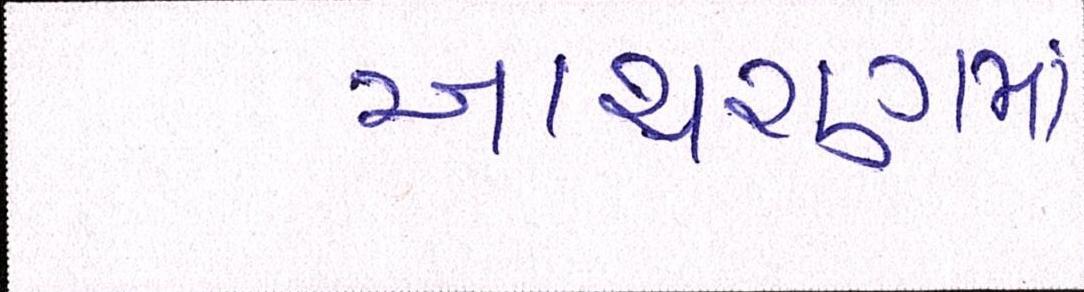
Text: આચરણમાં